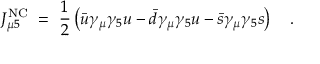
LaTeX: J _ { \mu 5 } ^ { \mathrm { N C } } \ = \ { \frac { 1 } { 2 } } \left( \bar { u } \gamma _ { \mu } \gamma _ { 5 } u - \bar { d } \gamma _ { \mu } \gamma _ { 5 } u - \bar { s } \gamma _ { \mu } \gamma _ { 5 } s \right) ~ ~ ~ .